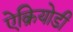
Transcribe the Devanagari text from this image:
ऐक्रियोडी